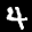
Label: 4